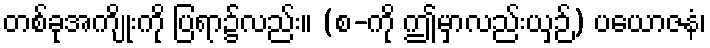
တစ်ခုအကျိုးကို ပြရာ၌လည်း။ (စ-ကို ဤမှာလည်းယှဉ်) ပယောဇနံ၊